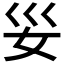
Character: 𫰊